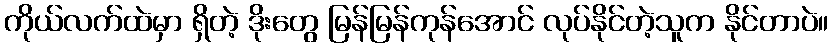
ကိုယ်လက်ထဲမှာ ရှိတဲ့ ဒိုးတွေ မြန်မြန်ကုန်အောင် လုပ်နိုင်တဲ့သူက နိုင်တာပဲ။